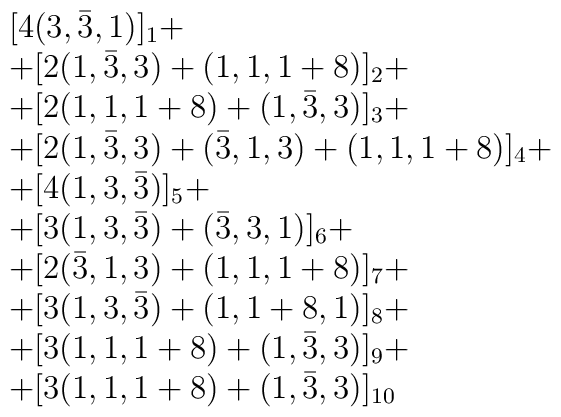
\begin{array}{l}[4(3, \bar{3}, 1)]_1 + \\+ [2(1, \bar{3}, 3) + (1, 1, 1+8)]_2 + \\+ [2(1, 1, 1+8) + (1, \bar{3}, 3)]_3 + \\+ [2(1, \bar{3}, 3) + (\bar{3}, 1, 3) + (1, 1, 1+8)]_4  + \\+ [4(1, 3, \bar{3})]_5 + \\+ [ 3(1, 3, \bar{3}) + (\bar{3}, 3, 1)]_6 + \\+ [2(\bar{3}, 1, 3) + (1, 1, 1+8)]_7 + \\+ [3(1, 3, \bar{3}) + (1, 1+8, 1)]_8 + \\+ [3(1, 1, 1+8) + (1, \bar{3}, 3)]_9 + \\+ [3( 1, 1, 1+8) + (1, \bar{3}, 3)]_{10}\end{array}